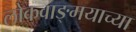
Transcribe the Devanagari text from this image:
लोकवाङ्मयाच्या